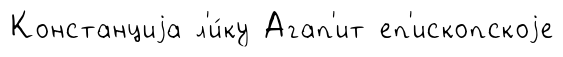
Констанциjа л'и́ку Агап'ит еп'ископскоjе